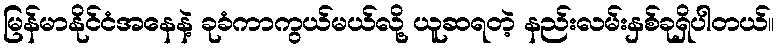
မြန်မာနိုင်ငံအနေနဲ့ ခုခံကာကွယ်မယ်လို့ ယူဆရတဲ့ နည်းလမ်းနှစ်ခုရှိပါတယ်။